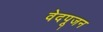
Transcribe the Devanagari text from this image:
वेदपूजन